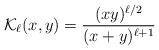
LaTeX: \begin{align*}\mathcal{K}_{\ell}(x,y)=\frac{(xy)^{\ell/2}}{(x+y)^{\ell+1}}\end{align*}